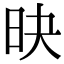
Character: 𣅡